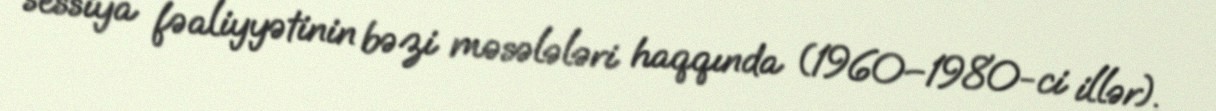
sessiya fəaliyyətinin bəzi məsələləri haqqında (1960–1980-ci illər).